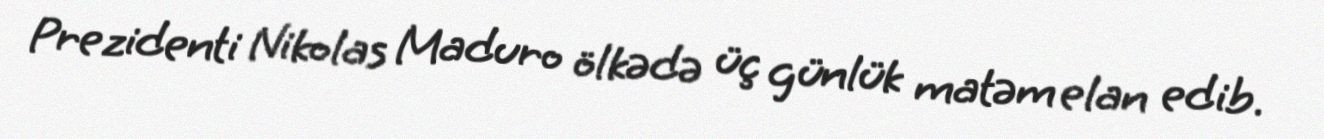
Prezidenti Nikolas Maduro ölkədə üç günlük matəm elan edib.